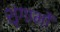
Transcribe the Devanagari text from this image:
शृंगाभों